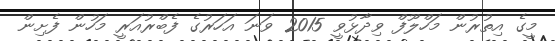
މީގެ އިތުރުން މަހްލޫފް ވިދާޅުވީ 2015 ވަނަ އަހަރުގެ ފެބްރުއަރީ މަހުން ފެށިން